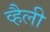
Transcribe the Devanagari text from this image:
व्हैली